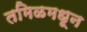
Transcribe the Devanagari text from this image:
तमिळमधून